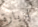
لزيارة